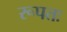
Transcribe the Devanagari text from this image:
रूपतः